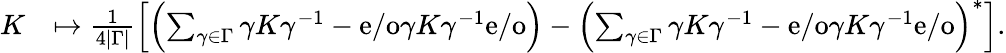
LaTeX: \begin{array}{rl}{K}&{\mapsto\frac{1}{4|\Gamma|}\left\lbrack\left(\sum_{\gamma\in\Gamma}\gamma K\gamma^{-1}-\mathrm{e/o}\gamma K\gamma^{-1}\mathrm{e/o}\right)-\left(\sum_{\gamma\in\Gamma}\gamma K\gamma^{-1}-\mathrm{e/o}\gamma K\gamma^{-1}\mathrm{e/o}\right)^{\ast}\right\rbrack.}\end{array}